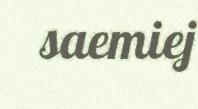
saemiej